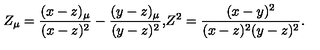
Z _ { \mu } = \frac { ( x - z ) _ { \mu } } { ( x - z ) ^ { 2 } } - \frac { ( y - z ) _ { \mu } } { ( y - z ) ^ { 2 } } \mathrm { , } Z ^ { 2 } = \frac { ( x - y ) ^ { 2 } } { ( x - z ) ^ { 2 } ( y - z ) ^ { 2 } } \mathrm { . }